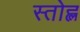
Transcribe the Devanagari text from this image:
स्तोह्ल